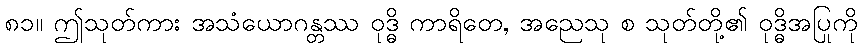
၈၁။ ဤသုတ်ကား အသံယောဂန္တဿ ဝုဒ္ဓိ ကာရိတေ, အညေသု စ သုတ်တို့၏ ဝုဒ္ဓိအပြုကို